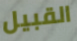
القبيل